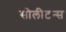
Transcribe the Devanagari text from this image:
सोलीटन्स